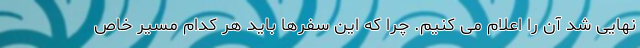
نهایی شد آن را اعلام می کنیم. چرا که این سفرها باید هر کدام مسیر خاص